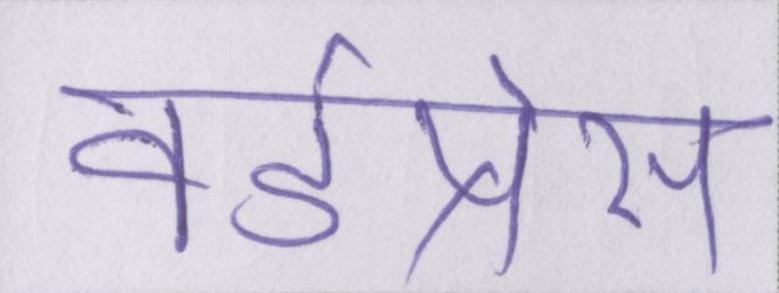
वर्डप्रेस